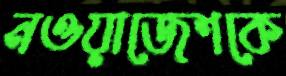
নওয়াজেশকে